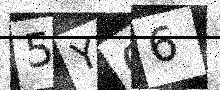
Text: 5Y06